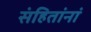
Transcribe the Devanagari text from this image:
संहितांनां